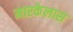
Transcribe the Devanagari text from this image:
मारकेलास